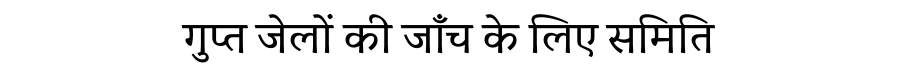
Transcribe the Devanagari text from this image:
गुप्त जेलों की जाँच के लिए समिति